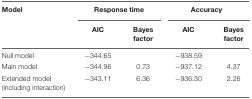
| Model | <COLSPAN=2> Response time | <COLSPAN=2> Accuracy |
 |  | AIC | Bayes factor | AIC | Bayes factor |
 | --- | --- | --- | --- | --- |
 | Null model | -344.65 |  | -938.59 |  |
 | Main model | -344.96 | 0.73 | -937.12 | 4.37 |
 | Extended model (including interaction) | -343.11 | 6.36 | -936.30 | 2.26 |